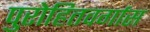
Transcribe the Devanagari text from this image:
पुरोहितवर्गास